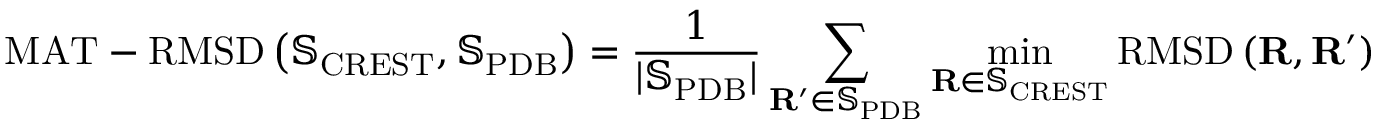
\mathrm { M A T - R M S D } \left( \mathbb { S } _ { \mathrm { C R E S T } } , \mathbb { S } _ { \mathrm { P D B } } \right) = \frac { 1 } { \lvert \mathbb { S } _ { \mathrm { P D B } } \rvert } \sum _ { \mathbf { R } ^ { \prime } \in \mathbb { S } _ { \mathrm { P D B } } } \operatorname* { m i n } _ { \mathbf { R } \in \mathbb { S } _ { \mathrm { C R E S T } } } \mathrm { R M S D } \left( \mathbf { R } , \mathbf { R } ^ { \prime } \right)